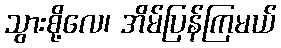
သွားစို့လေ၊ အိမ်ပြန်ကြမယ်